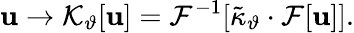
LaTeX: \mathbf{u}\rightarrow\mathcal{{K}}_{\vartheta}[\mathbf{u}]=\mathcal{{F}}^{-1}[\tilde{{\kappa}}_{\vartheta}\cdot\mathcal{{F}}[\mathbf{u}]].